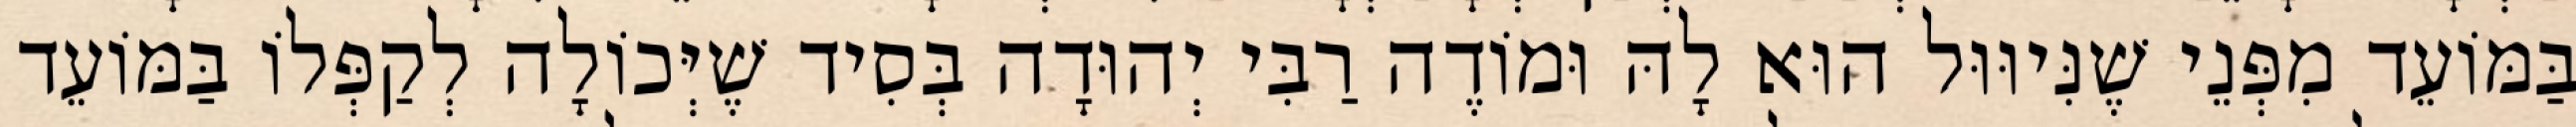
בַּמּוֹעֵד מִפְּנֵי שֶׁנִּיוּוּל הוּא לָהּ וּמוֹדֶה רַבִּי יְהוּדָה בְּסִיד שֶׁיְּכוֹלָה לְקַפְּלוֹ בַּמּוֹעֵד